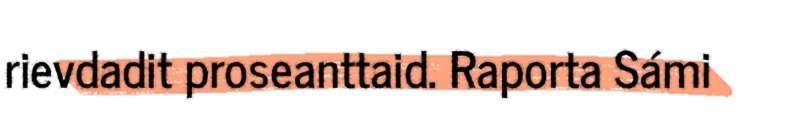
rievdadit proseanttaid. Raporta Sámi